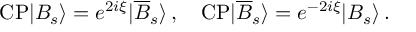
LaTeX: \mathrm { C P } | B _ { s } \rangle = e ^ { 2 i \xi } | \overline { { { B } } } _ { s } \rangle \, , \quad \mathrm { C P } | \overline { { { B } } } _ { s } \rangle = e ^ { - 2 i \xi } | B _ { s } \rangle \, .